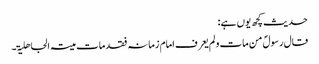
حدیث کچھ یوں ہے:
قال رسولؐ من مات و لم یعرف امام زمانہ فقد مات میتۃ الجاھلیۃ۔